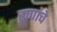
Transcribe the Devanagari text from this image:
हूणांचे